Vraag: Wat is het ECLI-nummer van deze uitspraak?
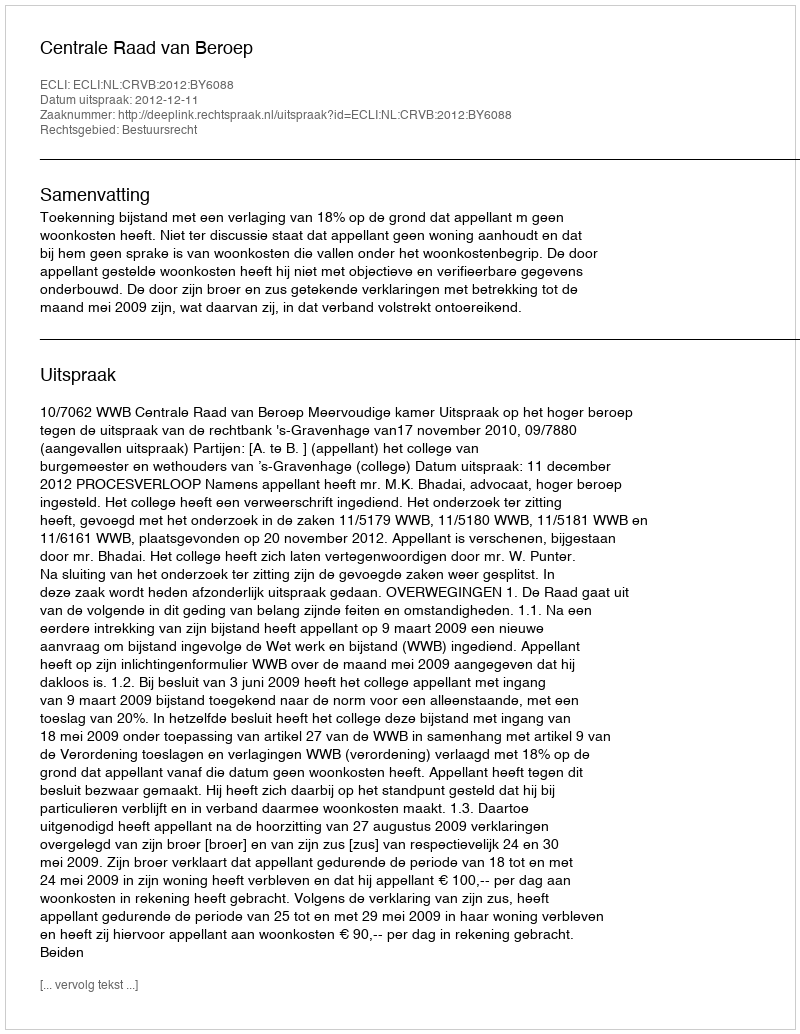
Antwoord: ECLI:NL:CRVB:2012:BY6088